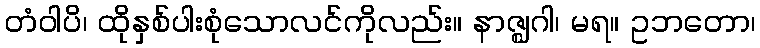
တံဝါပိ၊ ထိုနှစ်ပါးစုံသောလင်ကိုလည်း။ နာဇ္ဈဂါ၊ မရ။ ဥဘတော၊